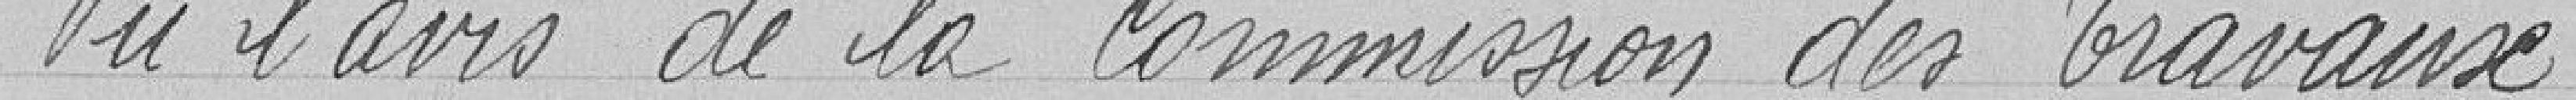
Vu l'avis de la Commission des Travaux,